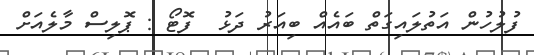
ފުލުހުން އަތުލައިގަތް ބައެއް ބިއަރު ދަޅު  ފޮޓޯ : ޕޮލިސް މާލެއަށް